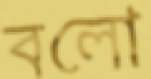
বলো